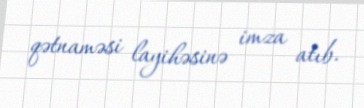
qətnaməsi layihəsinə imza atıb.